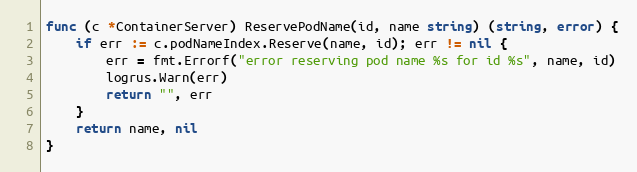
Language: Go
func (c *ContainerServer) ReservePodName(id, name string) (string, error) {
	if err := c.podNameIndex.Reserve(name, id); err != nil {
		err = fmt.Errorf("error reserving pod name %s for id %s", name, id)
		logrus.Warn(err)
		return "", err
	}
	return name, nil
}